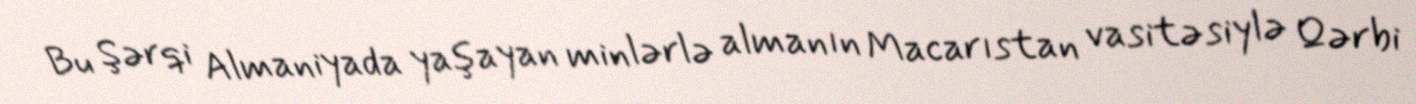
Bu Şərqi Almaniyada yaşayan minlərlə almanın Macarıstan vasitəsiylə Qərbi